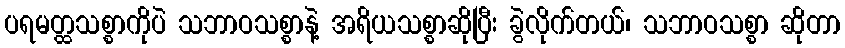
ပရမတ္ထသစ္စာကိုပဲ သဘာဝသစ္စာနဲ့ အရိယသစ္စာဆိုပြီး ခွဲလိုက်တယ်၊ သဘာဝသစ္စာ ဆိုတာ